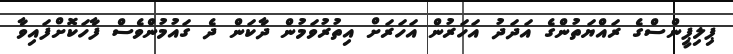
ޕިލިޕީންސްގެ ރައްޔަތުންގެ އަދަދު އަހަރުން އަހަރަށް އިތުރުވަމުން ދާކަން ދެ ގައުމުންވެސް ފާހަކޮށްފައިވާ